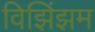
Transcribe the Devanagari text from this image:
विझिंझम